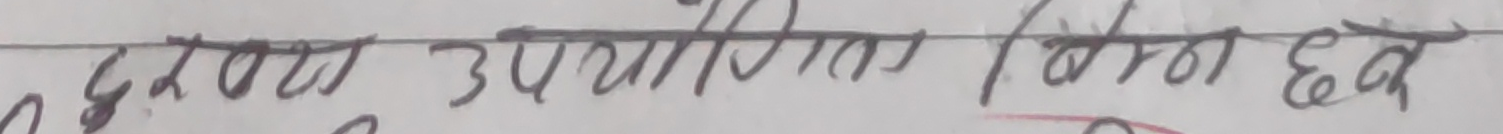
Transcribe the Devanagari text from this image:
पुरा उपयोगिता दिएन छ ।